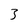
Character: 3